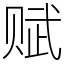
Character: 赋